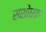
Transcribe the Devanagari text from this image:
सशोधक